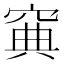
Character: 𥦟